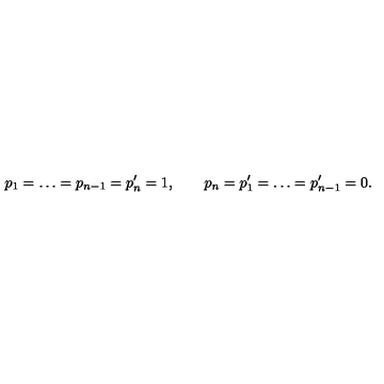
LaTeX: p _ { 1 } = \ldots = p _ { n - 1 } = p _ { n } ^ { \prime } = 1 , \qquad p _ { n } = p _ { 1 } ^ { \prime } = \ldots = p _ { n - 1 } ^ { \prime } = 0 .